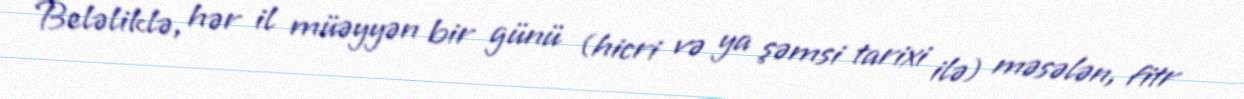
Beləliklə, hər il müəyyən bir günü (hicri və ya şəmsi tarixi ilə) məsələn, fitr